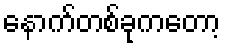
နောက်တစ်ခုကတော့